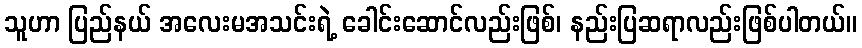
သူဟာ ပြည်နယ် အလေးမအသင်းရဲ့ ခေါင်းဆောင်လည်းဖြစ်၊ နည်းပြဆရာလည်းဖြစ်ပါတယ်။